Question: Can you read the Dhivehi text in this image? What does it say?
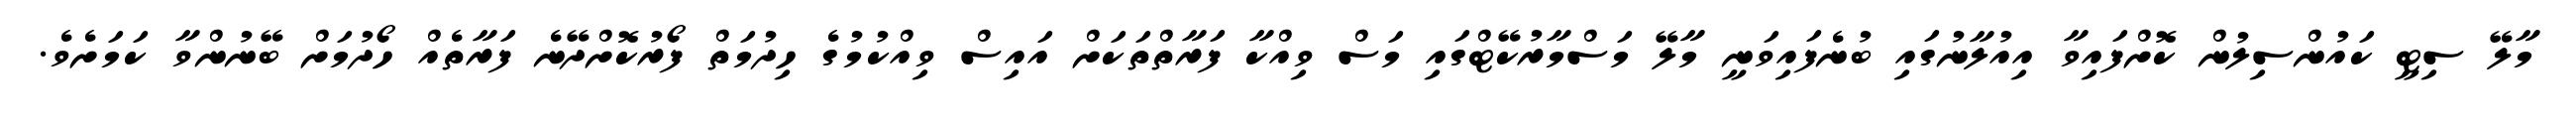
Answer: މާލޭ ސިޓީ ކައުންސިލުން ކޮށްފައިވާ އިއުލާނުގައި ބުނެފައިވަނީ މާލޭ މަސްމާރުކޭޓްގައި މަސް ވިއްކާ ފަރާތްތަކަށް އައިސް ވިއްކުމުގެ ހިދުމަތް ފޯރުކޮށްދޭނެ ފަރާތެއް ހޯދުމަށް ބޭނުންވާ ކަމަށެވެ.